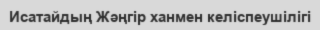
Исатайдың Жәңгір ханмен келіспеушілігі